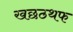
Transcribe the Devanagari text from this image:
खछठथफ